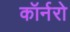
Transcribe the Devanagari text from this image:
कॉर्नरो